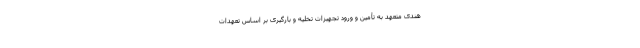
هندی متعهد به تأمین و ورود تجهیزات تخلیه و بارگیری بر اساس تعهدات